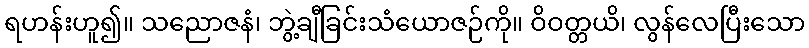
ရဟန်းဟူ၍။ သညောဇနံ၊ ဘွဲ့ချီခြင်းသံယောဇဉ်ကို။ ဝိဝတ္တယိ၊ လွန်လေပြီးသော